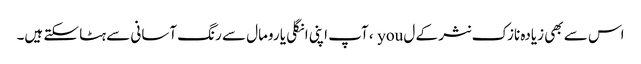
اس سے بھی زیادہ نازک نثر کے ل you ، آپ اپنی انگلی یا رومال سے رنگ آسانی سے ہٹا سکتے ہیں۔